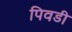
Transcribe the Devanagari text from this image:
पिवडी